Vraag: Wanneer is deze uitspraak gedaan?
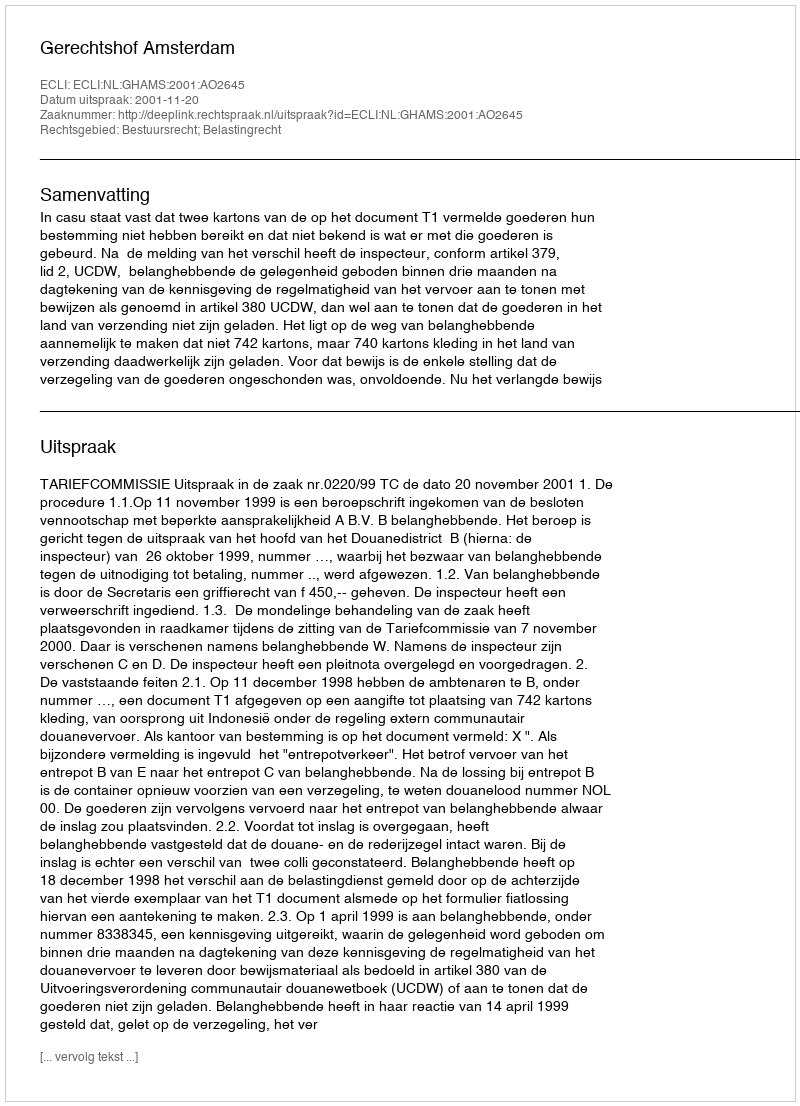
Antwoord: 2001-11-20